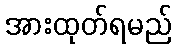
အားထုတ်ရမည်